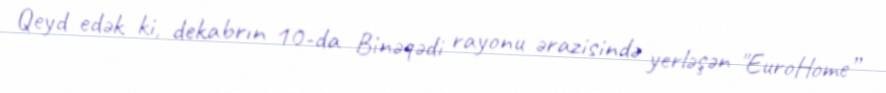
Qeyd edək ki, dekabrın 10-da Binəqədi rayonu ərazisində yerləşən "EuroHome”